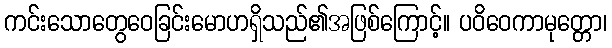
ကင်းသောတွေဝေခြင်းမောဟရှိသည်၏အဖြစ်ကြောင့်။ ပဝိဝေကာမုတ္တော၊